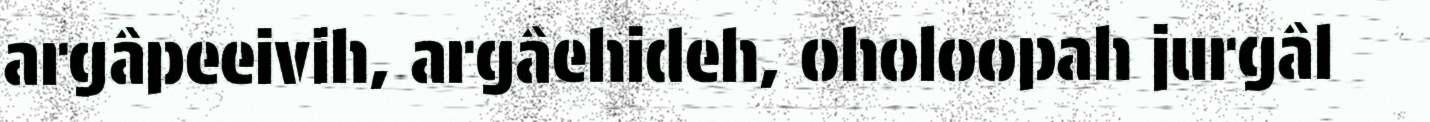
argâpeeivih, argâehideh, oholoopah jurgâl